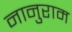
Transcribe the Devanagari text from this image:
नानुराम